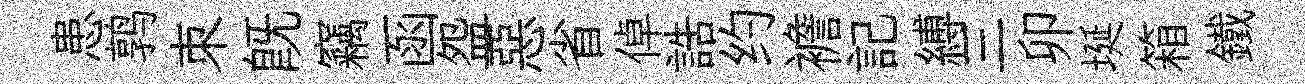
患鹑朿旣竊函盌惡省倬誥约襜記縛三卯埏箱鐵